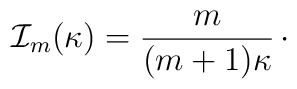
{\cal I}_{m}(\kappa) = {m\over (m+1)\kappa }\,\cdotp